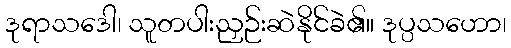
ဒုရာသဒေါ၊ သူတပါးညှဉ်းဆဲနိုင်ခဲ၏။ ဒုပ္ပသဟော၊